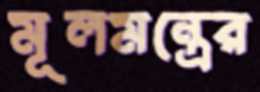
মূলমন্ত্রের